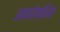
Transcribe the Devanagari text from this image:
अफारेन्सिस